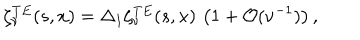
\zeta _ { \nu } ^ { T E } ( s , x ) = \Delta _ { 1 } \zeta _ { \nu } ^ { T E } ( s , x ) \, \left( 1 + { \cal O } ( \nu ^ { - 1 } ) \right) ,